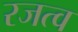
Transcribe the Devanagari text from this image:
रजत्व